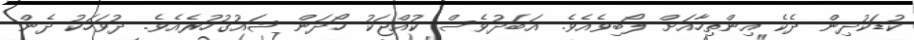
ކުޑަކުދިން ދެކެ އިންތިހާއަށް ލޯބިވެއެވެ. އަބަދުވެސް ކުއްޖަކު ހޯދަން ޝައުގުހުރެއެވެ. ދުވަހަކު ދެން